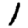
Digit: 1